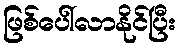
ဖြစ်ပေါ်လာနိုင်ပြီး